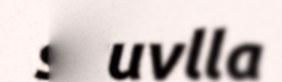
skuvlla